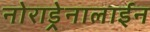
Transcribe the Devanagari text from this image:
नोराड्रेनालाईन